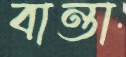
বান্তা